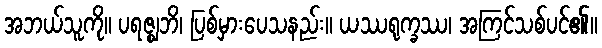
အဘယ်သူကို။ ပရဇ္ဈဘိ၊ ပြစ်မှားပေသနည်း။ ယဿရုက္ခဿ၊ အကြင်သစ်ပင်၏။